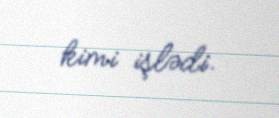
kimi işlədi.